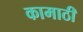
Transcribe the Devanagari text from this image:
कामाठी